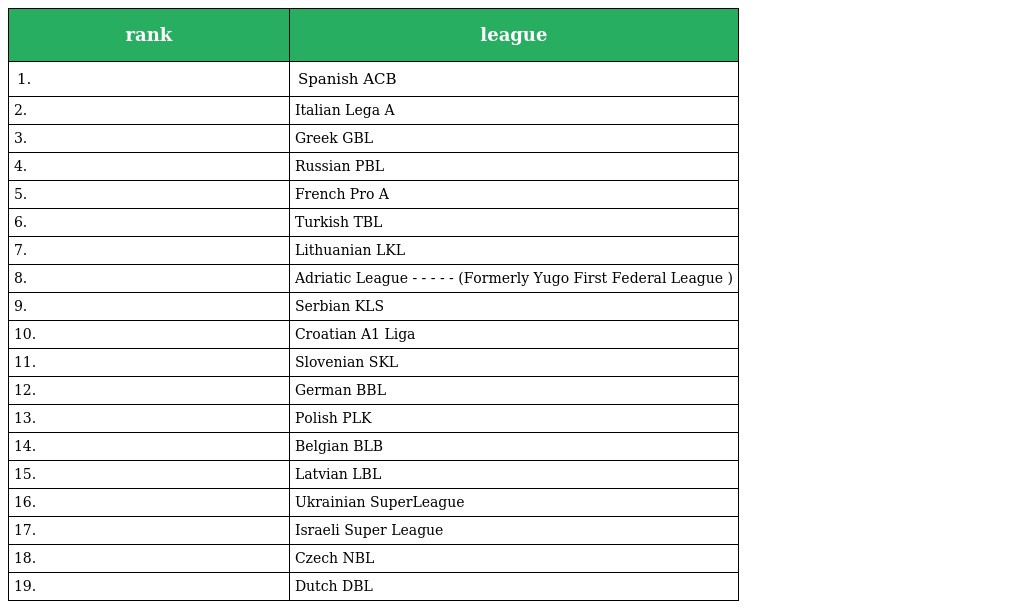
| rank | league |
 | --- | --- |
 | 1. | Spanish ACB |
 | 2. | Italian Lega A |
 | 3. | Greek GBL |
 | 4. | Russian PBL |
 | 5. | French Pro A |
 | 6. | Turkish TBL |
 | 7. | Lithuanian LKL |
 | 8. | Adriatic League - - - - - (Formerly Yugo First Federal League ) |
 | 9. | Serbian KLS |
 | 10. | Croatian A1 Liga |
 | 11. | Slovenian SKL |
 | 12. | German BBL |
 | 13. | Polish PLK |
 | 14. | Belgian BLB |
 | 15. | Latvian LBL |
 | 16. | Ukrainian SuperLeague |
 | 17. | Israeli Super League |
 | 18. | Czech NBL |
 | 19. | Dutch DBL |